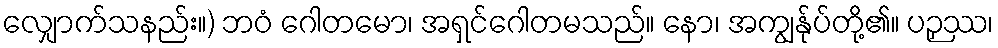
လျှောက်သနည်း။) ဘဝံ ဂေါတမော၊ အရှင်ဂေါတမသည်။ နော၊ အကျွန်ုပ်တို့၏။ ပဉှဿ၊